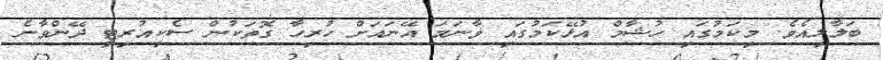
ބަލާލިއެވެ. މިކަމުގައި ހުޝާމް އުޅޭކަމުގައި ވާނަމަ އޭނައަށް ހުރިހާ ގޮތަކުން ސެކިއުރިޓީ ދޭންވާނެ